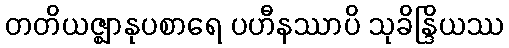
တတိယဇ္ဈာနုပစာရေ ပဟီနဿာပိ သုခိန္ဒြိယဿ